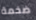
ضخمة